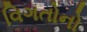
વિગતોનો